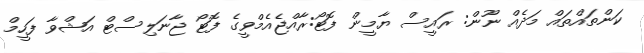
ކަންތައްތައް މަދެއް ނޫން: ރައީސް ޔާމީން ފޮޓޯ:ރާއްޖެއެމްވީގެ ފޮޓޯ ޖާނަލިސްޓް އަޝްވާ ފަހީމް